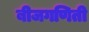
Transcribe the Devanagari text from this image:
बीजगणिती